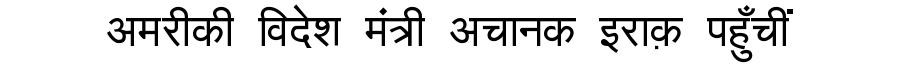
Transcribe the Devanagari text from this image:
अमरीकी विदेश मंत्री अचानक इराक़ पहुँचीं